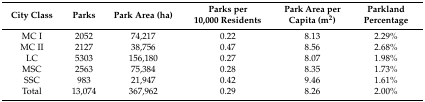
<table><thead><tr><td><b>City Class</b></td><td><b>Parks</b></td><td><b>Park Area (ha)</b></td><td><b>Parks per 10,000 Residents</b></td><td><b>Park Area per Capita (m<sup>2</sup>)</b></td><td><b>Parkland Percentage </b></td></tr></thead><tbody><tr><td>MC I</td><td>2052</td><td>74,217</td><td>0.22</td><td>8.13</td><td>2.29%</td></tr><tr><td>MC II</td><td>2127</td><td>38,756</td><td>0.47</td><td>8.56</td><td>2.68%</td></tr><tr><td>LC</td><td>5303</td><td>156,180</td><td>0.27</td><td>8.07</td><td>1.98%</td></tr><tr><td>MSC</td><td>2563</td><td>75,384</td><td>0.28</td><td>8.35</td><td>1.73%</td></tr><tr><td>SSC</td><td>983</td><td>21,947</td><td>0.42</td><td>9.46</td><td>1.61%</td></tr><tr><td>Total</td><td>13,074</td><td>367,962</td><td>0.29</td><td>8.26</td><td>2.00%</td></tr></tbody></table>